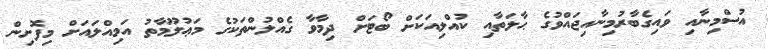
އުސްމިނާއި ވައިގެބާރުމިނާއިޖައްވުގެ ޙާލަތާއި ކުއްލިއަކަށް ބޯޓަށް ދިމާވާ ގެއްލުންތަކުގެ މަޢުލޫމާތު އަމިއްލައަށް މިފޮށިން